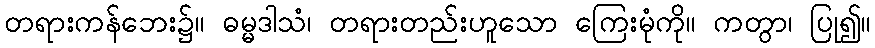
တရားကန်ဘေး၌။ ဓမ္မဒါသံ၊ တရားတည်းဟူသော ကြေးမုံကို။ ကတွာ၊ ပြု၍။